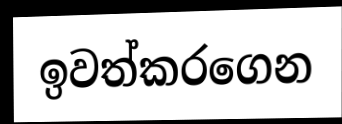
ඉවත්කරගෙන